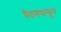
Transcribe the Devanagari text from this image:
पैठणपासून